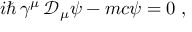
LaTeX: i \hbar \, \gamma ^ { \mu } \, { \mathcal D } _ { \mu } \psi - m c \psi = 0 \; ,